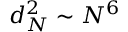
d _ { N } ^ { 2 } \sim N ^ { 6 }